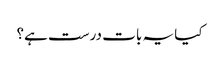
کیا یہ بات درست ہے؟